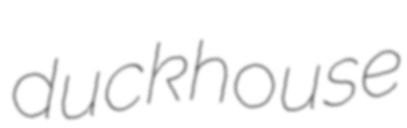
duckhouse